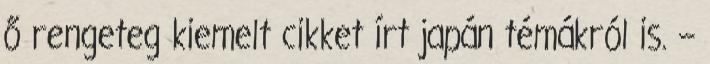
ő rengeteg kiemelt cikket írt japán témákról is. –